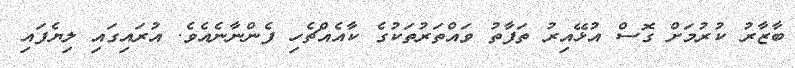
ބާޒާރު ކުރުމަށް ގޮސް އުޅޭއިރު ތަފާތު ވައްތަރުތަކުގެ ކާއެއްޗެހި ފެންނާނެއެވެ. އުރައިގައި ލިޔެފައި